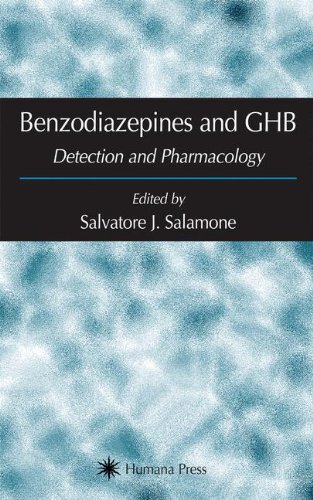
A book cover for Benzodiazepines and GHB: Detection and Pharmacology (Forensic Science and Medicine); Medical Books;